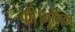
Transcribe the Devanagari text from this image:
की।भूमिका